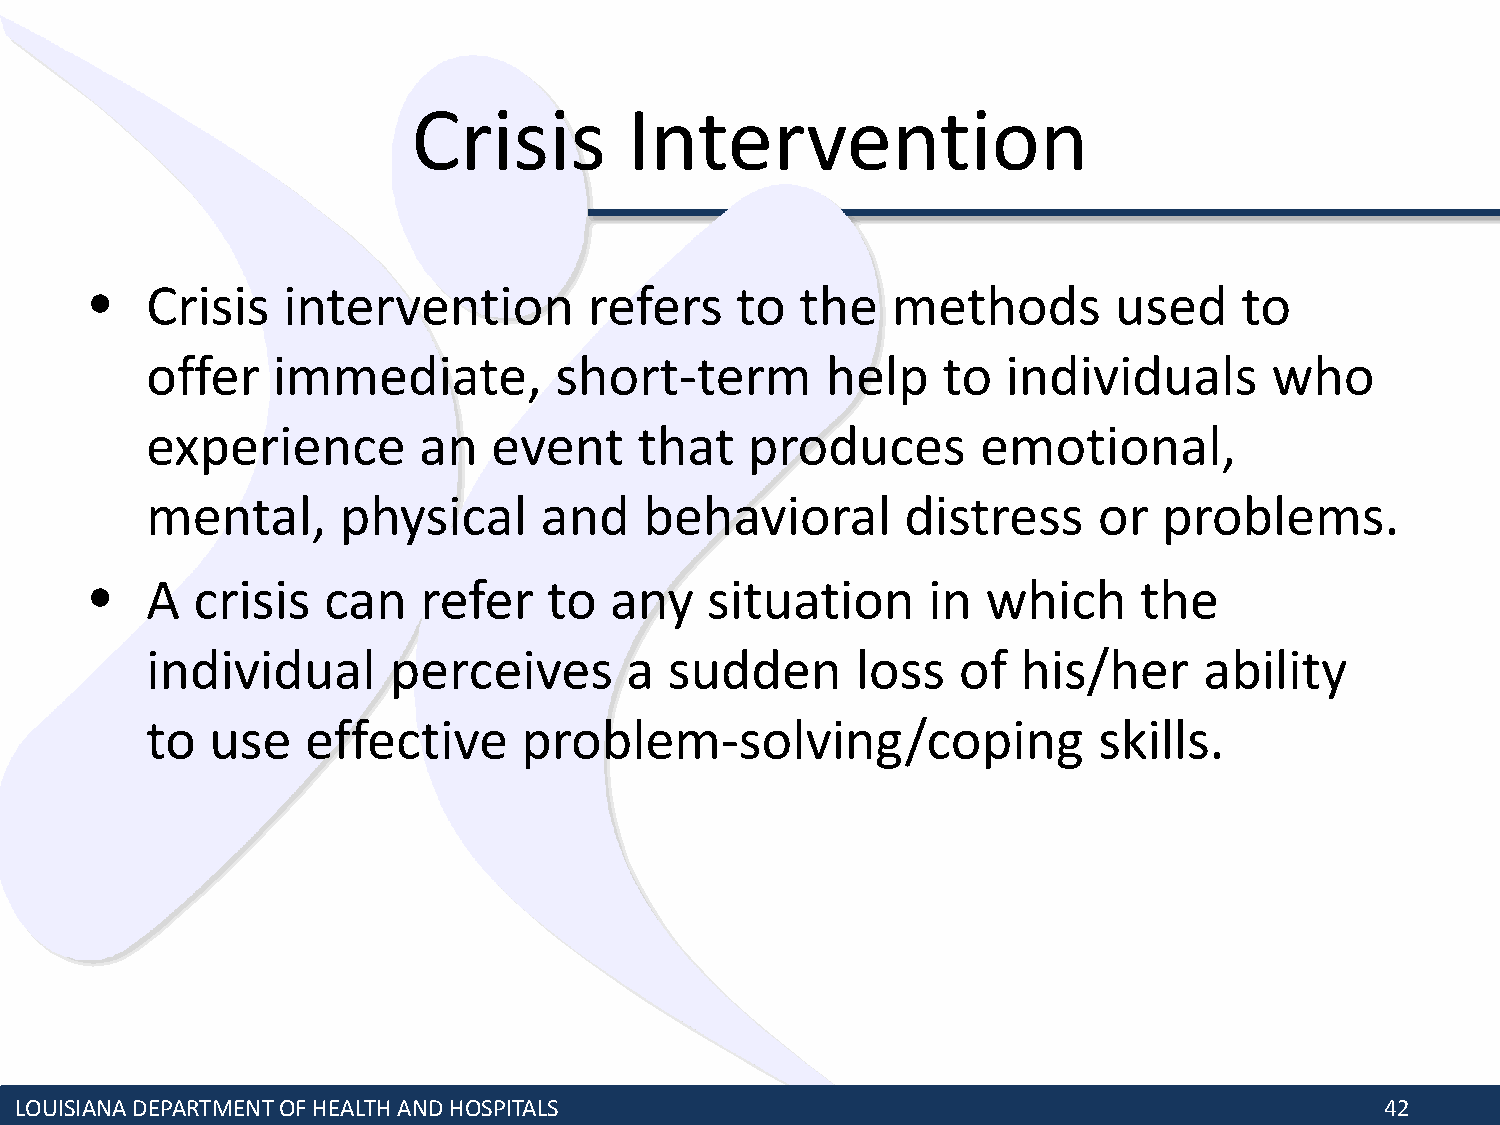
Crisis         Intervention
 •   Crisis   intervention        refers    to  the   methods        used    to
 offer   immediate,         short-term        help   to   individuals      who
 experience        an   event    that    produces       emotional,
 mental,     physical      and    behavioral       distress     or  problems.
 •   A  crisis  can    refer   to  any    situation     in  which     the
 individual      perceives      a  sudden       loss  of   his/her     ability
 to  use   effective      problem-solving/coping                skills.
 LOUISIANA DEPARTMENT OF HEALTH AND HOSPITALS                                               42